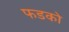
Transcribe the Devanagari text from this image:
फडको